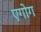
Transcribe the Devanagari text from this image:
एगोग